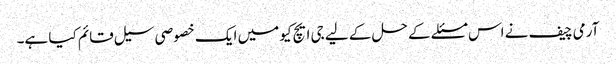
آرمی چیف نے اس مسئلے کے حل کے لیے جی ایچ کیو میں ایک خصوصی سیل قائم کیا ہے۔